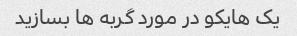
یک هایکو در مورد گربه ها بسازید